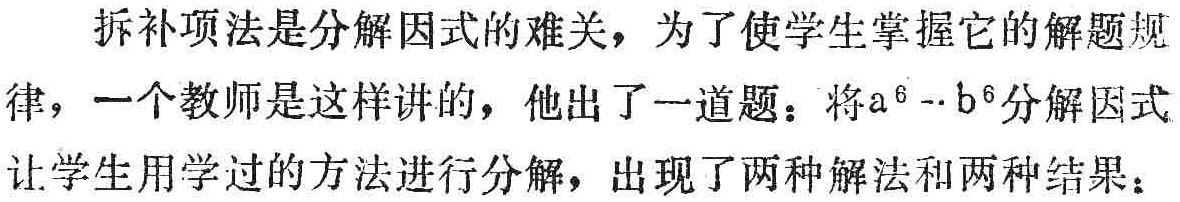
拆补项法是分解因式的难关，为了使学生掌握它的解题规
律，一个教师是这样讲的，他出了一道题：将\(a^{6}-b^{6}\)分解因式
让学生用学过的方法进行分解，出现了两种解法和两种结果：